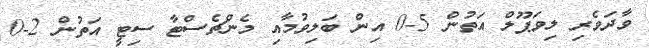
ވާދަވެރި ލިވަޕޫލް އަތުން 5-0 އިން ބަލިވުމާއި މެންޗެސްޓާ ސިޓީ އަތުން 2-0